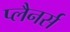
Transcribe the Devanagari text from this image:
प्लैनर्स